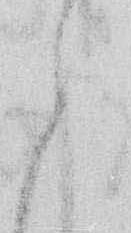
う